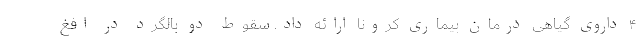
۴ داروی گیاهی درمان بیماری کرونا ارائه داد. سقوط دو بالگرد در افغ